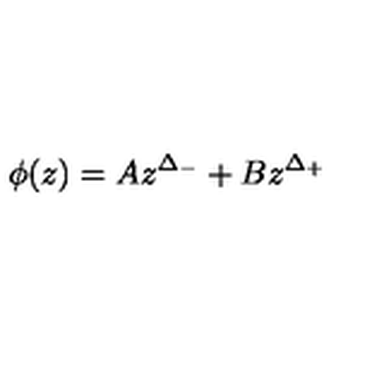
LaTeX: \phi ( z ) = A z ^ { \Delta _ { - } } + B z ^ { \Delta _ { + } }